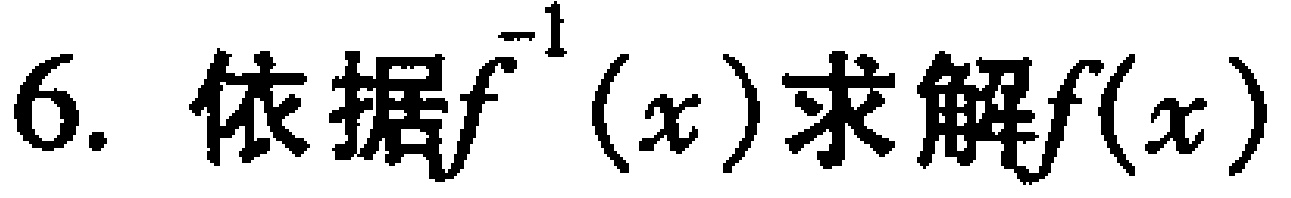
6. 依据\(f^{-1}(x)\)求解\(f(x)\)